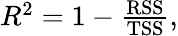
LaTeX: \begin{array}{r}{R^{2}=1-\frac{\mathrm{RSS}}{\mathrm{TSS}},}\end{array}